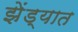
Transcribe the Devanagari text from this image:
झेंड्यात